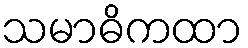
သမာဓိကထာ